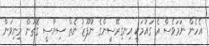
އެހެން ނަމަވެސް އެ ގައުމަކީ އިނގިރޭސީންގެ ނުފޫޒު ނެތް ސިޔާސީ ގޮތުން މިނިވަން